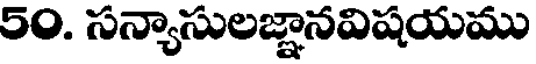
50. సన్యాసులజ్ఞానవిషయము